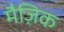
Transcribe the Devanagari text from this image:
मैज़िक